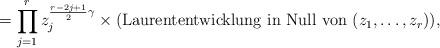
LaTeX: \begin{align*}= \prod^r_{j=1} z_j^{\frac{r-2j+1}{2}\gamma} \times \mbox{(Laurententwicklung in Null von } (z_1, \ldots,z_r)),\end{align*}